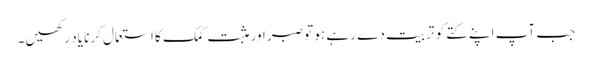
جب آپ اپنے کتے کو تربیت دے رہے ہو تو صبر اور مثبت کمک کا استعمال کرنا یاد رکھیں۔